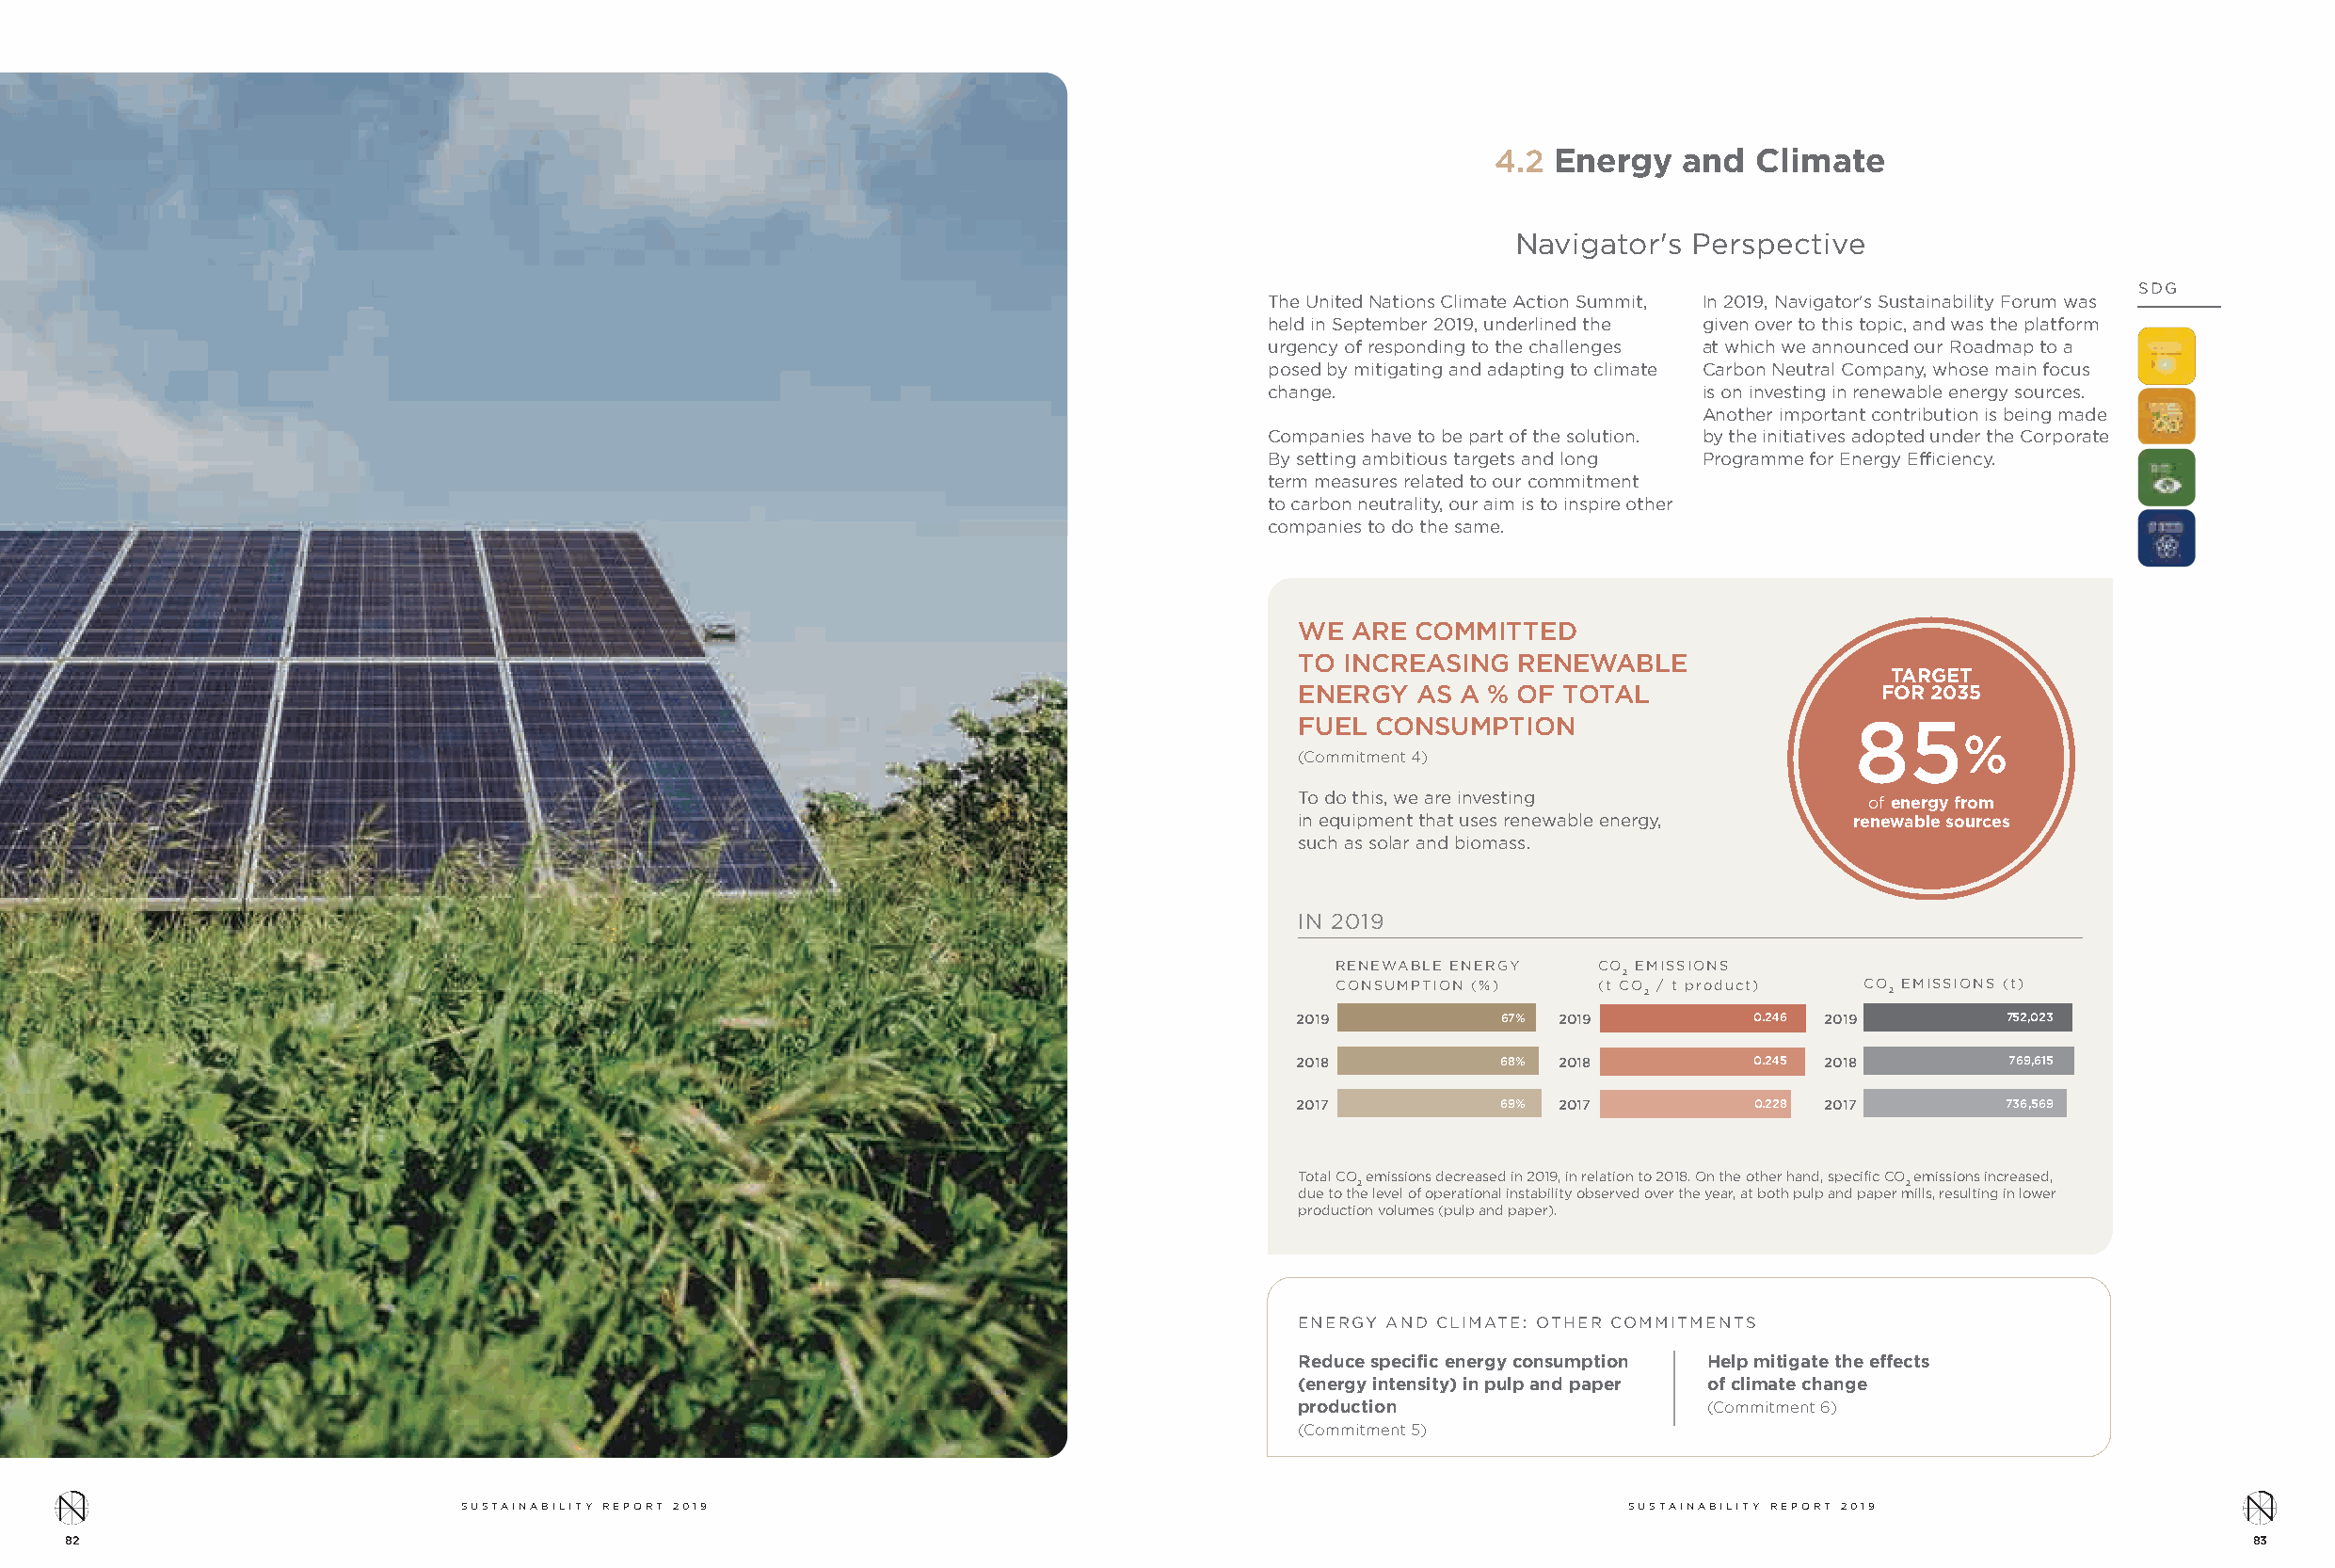
4.2 Energy   and   Climate
 Navigator's Perspective
 SDG
 The United Nations Climate Action Summit, In 2019, Navigator's Sustainability Forum was
 held in September 2019, underlined the given over to this topic, and was the platform
 urgency of responding to the challenges at which we announced our Roadmap to a
 posed by mitigating and adapting to climate Carbon Neutral Company, whose main focus
 change.                        is on investing in renewable energy sources.
 Another important contribution is being made
 Companies have to be part of the solution. by the initiatives adopted under the Corporate
 By setting ambitious targets and long Programme for Energy Efficiency.
 term measures related to our commitment
 to carbon neutrality, our aim is to inspire other
 companies to do the same.
 WE  ARE COMMITTED
 TO INCREASING   RENEWABLE
 TARGET
 ENERGY   AS A % OF TOTAL                 FOR 2035
 FUEL  CONSUMPTION                      85
 %
 (Commitment 4)
 To do this, we are investing            of energy from
 in equipment that uses renewable energy, renewable sources
 such as solar and biomass.
 IN 2019
 RENEWABLE ENERGY  CO EMISSIONS
 2
 CONSUMPTION (%)   (t CO / t product) CO EMISSIONS (t)
 2                2
 2019           67% 2019         0.246 2019        752,023
 2018           68% 2018         0.245 2018        769,615
 2017           69% 2017         0.228 2017        736,569
 Total CO emissions decreased in 2019, in relation to 2018. On the other hand, specific CO emissions increased,
 2                                      2
 due to the level of operational instability observed over the year, at both pulp and paper mills, resulting in lower
 production volumes (pulp and paper).
 ENERGY AND CLIMATE: OTHER COMMITMENTS
 Reduce specific energy consumption Help mitigate the effects
 (energy intensity) in pulp and paper of climate change
 production                   (Commitment 6)
 (Commitment 5)
 SUSTAINABILITY REPORT 2019                                                         SUSTAINABILITY REPORT 2019
 82                                                                                                                                                       83